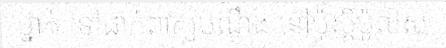
ម្នាក់ ទៅដាក់ពាក្យបណ្តឹង នៅប៉ុស្តិ៍ប៉ូលិស